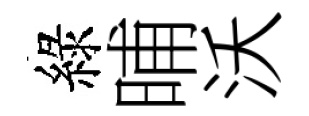
綠晡沃